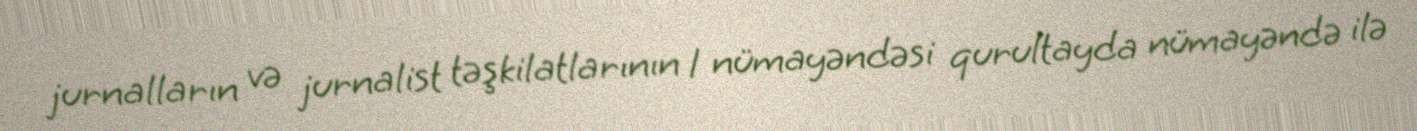
jurnalların və jurnalist təşkilatlarının 1 nümayəndəsi qurultayda nümayəndə ilə